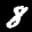
Label: 8